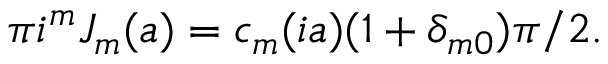
\pi i ^ { m } J _ { m } ( a ) = c _ { m } ( i a ) ( 1 + \delta _ { m 0 } ) \pi / 2 .